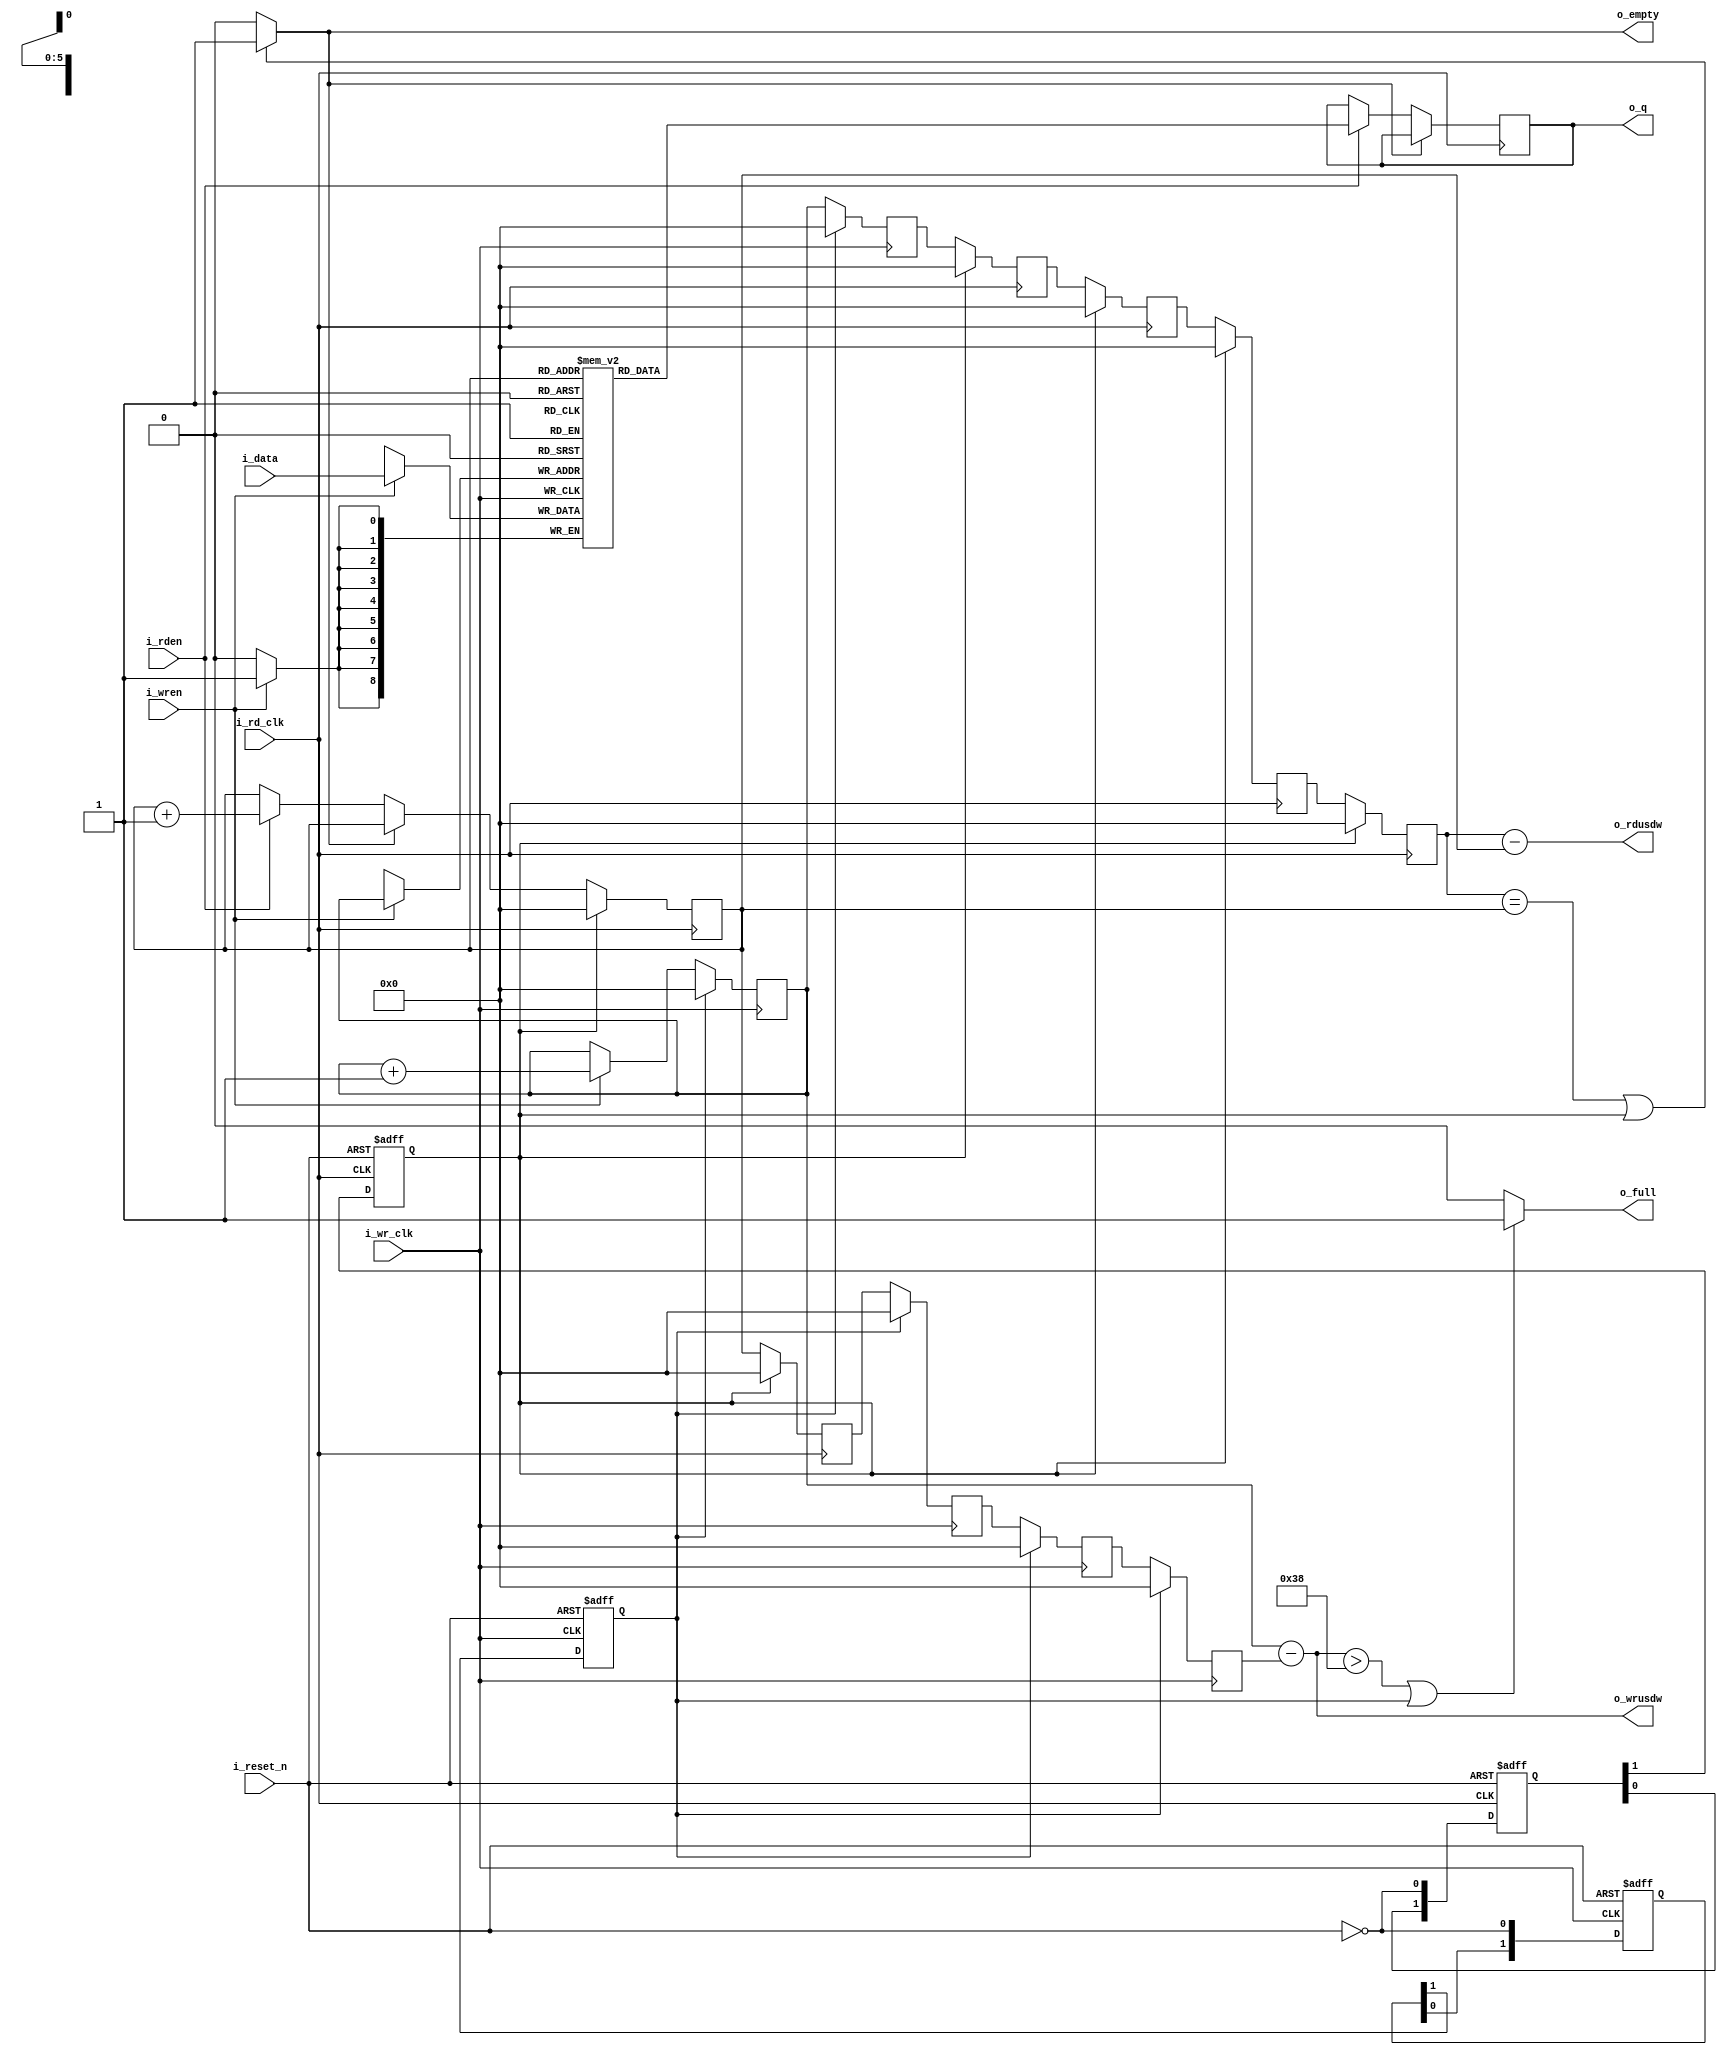
//------------------------------------------------------------------------------
`timescale 1 ns / 1 ns // timescale for following modules
//------------------------------------------------------------------------------
module space_wire_fifo_9x64
(
  input    wire                 i_wr_clk,
  input    wire                 i_wren,
  input    wire    [8:0]        i_data,
  //---
  input    wire                 i_rd_clk,
  input    wire                 i_rden,
  output   wire    [8:0]        o_q,
  //---
  output   wire    [5:0]        o_wrusdw,
  output   wire    [5:0]        o_rdusdw,
  output   wire                 o_empty,
  output   wire                 o_full,
  //---
  input    wire                 i_reset_n
);
//------------------------------------------------------------------------------
reg     [8:0]        dpram [0:63];
localparam [5:0] binaryToGray = {6'b000000, 6'b000001, 6'b000011, 6'b000010, 6'b000110, 6'b000111, 6'b000101, 6'b000100, 6'b001100, 6'b001101, 6'b001111, 6'b001110, 6'b001010, 6'b001011, 6'b001001, 6'b001000, 6'b011000, 6'b011001, 6'b011011, 6'b011010, 6'b011110, 6'b011111, 6'b011101, 6'b011100, 6'b010100, 6'b010101, 6'b010111, 6'b010110, 6'b010010, 6'b010011, 6'b010001, 6'b010000, 6'b110000, 6'b110001, 6'b110011, 6'b110010, 6'b110110, 6'b110111, 6'b110101, 6'b110100, 6'b111100, 6'b111101, 6'b111111, 6'b111110, 6'b111010, 6'b111011, 6'b111001, 6'b111000, 6'b101000, 6'b101001, 6'b101011, 6'b101010, 6'b101110, 6'b101111, 6'b101101, 6'b101100, 6'b100100, 6'b100101, 6'b100111, 6'b100110, 6'b100010, 6'b100011, 6'b100001, 6'b100000}; 
localparam [5:0] grayToBinary = {6'b000000, 6'b000001, 6'b000011, 6'b000010, 6'b000111, 6'b000110, 6'b000100, 6'b000101, 6'b001111, 6'b001110, 6'b001100, 6'b001101, 6'b001000, 6'b001001, 6'b001011, 6'b001010, 6'b011111, 6'b011110, 6'b011100, 6'b011101, 6'b011000, 6'b011001, 6'b011011, 6'b011010, 6'b010000, 6'b010001, 6'b010011, 6'b010010, 6'b010111, 6'b010110, 6'b010100, 6'b010101, 6'b111111, 6'b111110, 6'b111100, 6'b111101, 6'b111000, 6'b111001, 6'b111011, 6'b111010, 6'b110000, 6'b110001, 6'b110011, 6'b110010, 6'b110111, 6'b110110, 6'b110100, 6'b110101, 6'b100000, 6'b100001, 6'b100011, 6'b100010, 6'b100111, 6'b100110, 6'b100100, 6'b100101, 6'b101111, 6'b101110, 6'b101100, 6'b101101, 6'b101000, 6'b101001, 6'b101011, 6'b101010}; 
reg                  wr_reset; 
reg                  rd_reset; 
reg     [1:0]        wr_reset_time; 
reg     [1:0]        rd_reset_time; 
reg     [5:0]        wr_pointer; 
reg     [5:0]        gray_wr_pointer; 
reg     [5:0]        gray_wr_pointer1; 
reg     [5:0]        gray_wr_pointer2; 
reg     [5:0]        gray_wr_pointer3; 
reg     [5:0]        wr_pointer4; 
reg     [5:0]        rd_pointer; 
reg     [5:0]        gray_rd_pointer; 
reg     [5:0]        gray_rd_pointer1; 
reg     [5:0]        gray_rd_pointer2; 
reg     [5:0]        rd_pointer3; 
wire    [5:0]        wrusdw; 
wire                 full; 
reg     [8:0]        q; 
wire    [5:0]        rdusdw; 
wire                 empty; 
//------------------------------------------------------------------------------
assign  o_wrusdw     = wrusdw; 
assign  o_full       = full; 
assign  o_empty      = empty; 
assign  o_rdusdw     = rdusdw; 
assign  o_q          = q; 
//------------------------------------------------------------------------------
assign wrusdw = wr_pointer - rd_pointer3;
assign full = wr_pointer - rd_pointer3 > 6'b111000 | wr_reset == 1'b1 ? 1'b1 : 1'b0; 
assign rdusdw = wr_pointer4 - rd_pointer; 
assign empty = wr_pointer4 == rd_pointer | rd_reset == 1'b1 ? 1'b1 : 1'b0; 
//------------------------------------------------------------------------------
//---
//---
//---
//==============================================================================
// synchronized reset to i_wr_clk.
//==============================================================================
always @(negedge i_reset_n or posedge i_wr_clk)
  begin : s_sync_wr_reset
  if ( !i_reset_n )
    begin
      wr_reset_time  <= 2'b11;
      wr_reset       <= 1'b1;
    end
  else
    begin
      wr_reset_time  <= { wr_reset_time[0], !i_reset_n };
      wr_reset       <= wr_reset_time[1];
    end
  end
//------------------------------------------------------------------------------
//---
//---
//---
//==============================================================================
// Write pointer of the buffer.
//==============================================================================
always @(posedge i_wr_clk)
  begin : s_wr_pointer
  if ( wr_reset )
    begin
      wr_pointer  <= 6'b000000;
    end
  else if ( i_wren )
    begin
      wr_pointer  <= wr_pointer + 1'b1;
    end
  end
//------------------------------------------------------------------------------
//---
//---
//---
//==============================================================================
// Writing to buffer.
//==============================================================================
always @(posedge i_wr_clk)
  begin : s_wr_data
    if ( i_wren )
      begin
        dpram[ wr_pointer ]  <= i_data;
      end
  end
//------------------------------------------------------------------------------
//---
//---
//---
//==============================================================================
// Change to Gray code.
//==============================================================================
always @(posedge i_wr_clk)
  begin : s_wr_binary_to_gray
    if ( wr_reset )
      begin
        gray_wr_pointer  <= 6'b000000;
      end
    else
      begin
        //gray_wr_pointer <= binaryToGray[ wr_pointer ];
        gray_wr_pointer  <= wr_pointer;
      end
   end
//------------------------------------------------------------------------------
//---
//---
//---
//==============================================================================
// Convert gray code Readpointer to binary Readpointer to calculate o_wrusdw 
// and o_full.
//==============================================================================
always @(posedge i_wr_clk)
  begin : s_gray_rd_pointer_z
    if ( wr_reset )
      begin
        gray_rd_pointer1  <= 6'b000000;
        gray_rd_pointer2  <= 6'b000000;
        rd_pointer3       <= 6'b000000;
      end
    else
      begin
        gray_rd_pointer1  <= gray_rd_pointer;
        gray_rd_pointer2  <= gray_rd_pointer1;
        //rd_pointer3     <= grayToBinary[ gray_rd_pointer2 ];
        rd_pointer3       <= gray_rd_pointer2;
      end
    end
//------------------------------------------------------------------------------
//---
//---
//---
//==============================================================================
// Convert gray code Writepointer to binary Writepointer to calculate o_rdusdw 
// and o_empty.
//==============================================================================
always @(posedge i_rd_clk)
  begin : s_gray_wr_pointer
    if ( rd_reset )
      begin
        gray_wr_pointer1  <= 6'b000000;
        gray_wr_pointer2  <= 6'b000000;
        gray_wr_pointer3  <= 6'b000000;
        wr_pointer4       <= 6'b000000;
      end
    else
      begin
        gray_wr_pointer1  <= gray_wr_pointer;
        gray_wr_pointer2  <= gray_wr_pointer1;
        gray_wr_pointer3  <= gray_wr_pointer2;
        //wr_pointer4     <= grayToBinary[gray_wr_pointer3];
        wr_pointer4       <= gray_wr_pointer3;
      end
    end
//------------------------------------------------------------------------------
//---
//---
//---
//==============================================================================
// Read from buffer.
//==============================================================================
always @(posedge i_rd_clk)
  begin : s_q
    if ( !empty )
      begin
      if ( i_rden )
        begin
          q  <= dpram[ rd_pointer ];
        end
      end
  end
//------------------------------------------------------------------------------
//---
//---
//---
//==============================================================================
// Read pointer of the buffer.
//==============================================================================
always @(posedge i_rd_clk)
  begin : s_rd_pointer
    if ( rd_reset )
      begin
        rd_pointer <= 6'b000000;
      end
    else if ( !empty )
      begin
        if ( i_rden )
          begin
            rd_pointer <= rd_pointer + 1'b1;
          end
      end
  end
//------------------------------------------------------------------------------
//---
//---
//---
//==============================================================================
// Change to Gray code.
//==============================================================================
always @(posedge i_rd_clk)
  begin : s_rd_binary_to_gray
    if ( rd_reset )
      begin
        gray_rd_pointer  <= 6'b000000;
      end
    else
      begin
        //gray_rd_pointer <= binaryToGray[ rd_pointer ];
        gray_rd_pointer  <= rd_pointer;
      end
  end
//------------------------------------------------------------------------------
//---
//---
//---
//==============================================================================
// synchronized reset to i_rd_clk.
//==============================================================================
always @(negedge i_reset_n or posedge i_rd_clk)
  begin : s_sync_rd_reset
    if ( !i_reset_n )
      begin
        rd_reset_time  <= 2'b11;
        rd_reset       <= 1'b1;
      end
    else
      begin
        rd_reset_time  <= { rd_reset_time[0], !i_reset_n };
        rd_reset       <= rd_reset_time[1];
      end
  end
//------------------------------------------------------------------------------
//---
//---
//---
endmodule // module space_wire_fifo_9x64